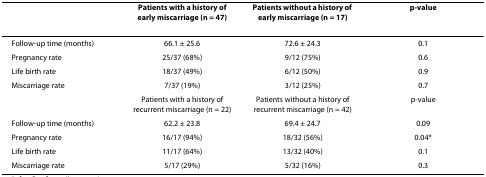
|  | Patients with a history of early miscarriage (n = 47) | Patients without a history of early miscarriage (n = 17) | p-value |
 | --- | --- | --- | --- |
 | Follow-up time (months) | 66.1 ± 25.6 | 72.6 ± 24.3 | 0.1 |
 | Pregnancy rate | 25/37 (68%) | 9/12 (75%) | 0.6 |
 | Life birth rate | 18/37 (49%) | 6/12 (50%) | 0.9 |
 | Miscarriage rate | 7/37 (19%) | 3/12 (25%) | 0.7 |
 |  | Patients with a history of recurrent miscarriage (n = 22) | Patients without a history of recurrent miscarriage (n = 42) | p-value |
 | Follow-up time (months) | 62.2 ± 23.8 | 69.4 ± 24.7 | 0.09 |
 | Pregnancy rate | 16/17 (94%) | 18/32 (56%) | 0.04* |
 | Life birth rate | 11/17 (64%) | 13/32 (40%) | 0.1 |
 | Miscarriage rate | 5/17 (29%) | 5/32 (16%) | 0.3 |